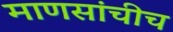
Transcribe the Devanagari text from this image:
माणसांचीच